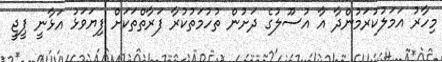
މިހާރު އަމަލުކުރަމުންދާ އާ އުސޫލުގެ ދަށުން ތުހުމަތުކުރާ ފަރާތްތަކަށް ފިޔަވަޅު އަޅާނީ ޕީޖީ